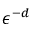
\epsilon ^ { - d }